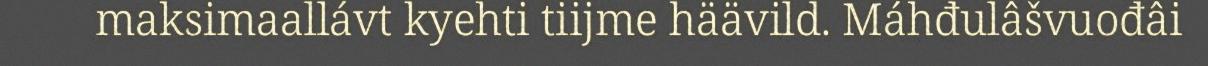
maksimaallávt kyehti tiijme häävild. Máhđulâšvuođâi